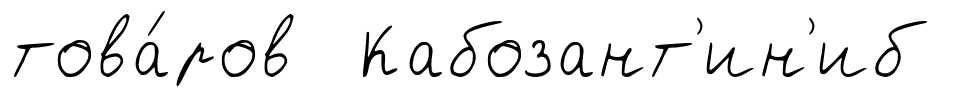
това́ров Кабозант'ин'иб